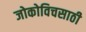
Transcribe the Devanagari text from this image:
जोकोविचसाठी